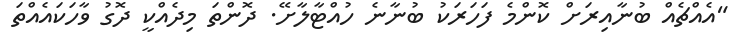
"އެއްޗެއް ބުނާއިރަށް ކޮންމެ ފަހަރަކު ބުނާނެ ހުއްޓާލާށޭ. ދޮންތަ މިދެއްކީ ދޮގު ވާހަކައެއްތަ